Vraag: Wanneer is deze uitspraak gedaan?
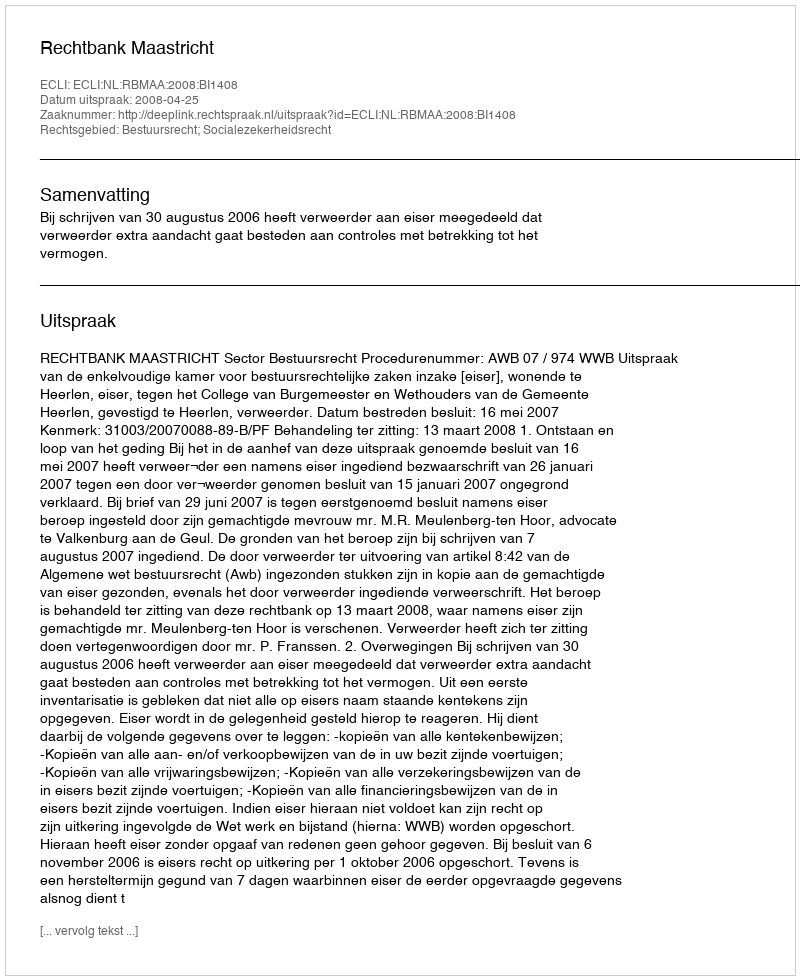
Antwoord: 2008-04-25